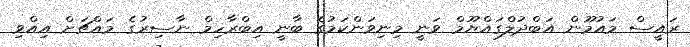
ރައީސް މައުމޫން އަބްދުލްގައްޔޫމް ވަނީ މިނިވަންކަމުގެ ބާނީ އިބްރާހިމް ނާސިރުގެ މައްޗަށް އިއްވި